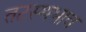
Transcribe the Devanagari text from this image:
तटस्थभाव